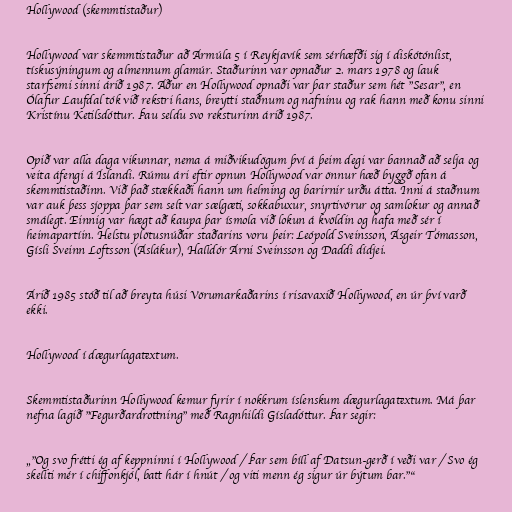
Hollywood (skemmtistaður)

Hollywood var skemmtistaður að Ármúla 5 í Reykjavík sem sérhæfði sig í diskótónlist,
tískusýningum og almennum glamúr. Staðurinn var opnaður 2. mars 1978 og lauk
starfsemi sinni árið 1987. Áður en Hollywood opnaði var þar staður sem hét "Sesar", en
Ólafur Laufdal tók við rekstri hans, breytti staðnum og nafninu og rak hann með konu sinni
Kristínu Ketilsdóttur. Þau seldu svo reksturinn árið 1987.

Opið var alla daga vikunnar, nema á miðvikudögum því á þeim degi var bannað að selja og
veita áfengi á Íslandi. Rúmu ári eftir opnun Hollywood var önnur hæð byggð ofan á
skemmtistaðinn. Við það stækkaði hann um helming og barirnir urðu átta. Inni á staðnum
var auk þess sjoppa þar sem selt var sælgæti, sokkabuxur, snyrtivörur og samlokur og annað
smálegt. Einnig var hægt að kaupa þar ísmola við lokun á kvöldin og hafa með sér í
heimapartíin. Helstu plötusnúðar staðarins voru þeir: Leópold Sveinsson, Ásgeir Tómasson,
Gísli Sveinn Loftsson (Áslákur), Halldór Árni Sveinsson og Daddi dídjei.

Árið 1985 stóð til að breyta húsi Vörumarkaðarins í risavaxið Hollywood, en úr því varð
ekki.

Hollywood í dægurlagatextum.

Skemmtistaðurinn Hollywood kemur fyrir í nokkrum íslenskum dægurlagatextum. Má þar
nefna lagið "Fegurðardrottning" með Ragnhildi Gísladóttur. Þar segir:

„"Og svo frétti ég af keppninni í Hollywood / Þar sem bíll af Datsun-gerð í veði var / Svo ég
skellti mér í chiffonkjól, batt hár í hnút / og viti menn ég sigur úr býtum bar."“